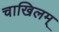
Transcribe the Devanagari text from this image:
चाखिलम्‌